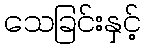
သေခြင်းနှင့်